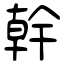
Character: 幹